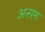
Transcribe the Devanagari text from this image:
असम़